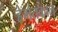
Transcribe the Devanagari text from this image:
हेमंतकाल